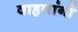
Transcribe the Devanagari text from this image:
वाहनांनी